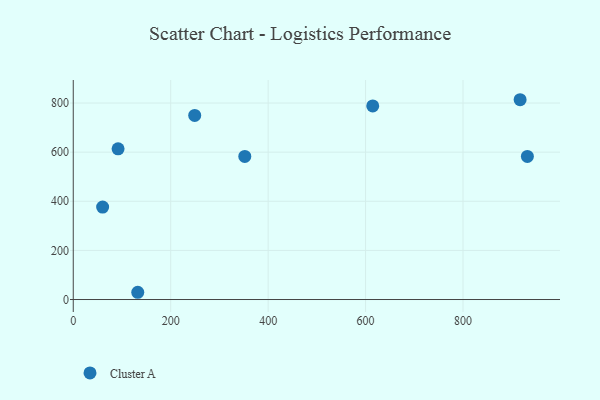
{"axis": {"x": "Price", "y": "Rating"}, "legend": ["Cluster A"], "data": [{"x": "614.7", "y": 788.4, "type": "Cluster A"}, {"x": "249.3", "y": 749.5, "type": "Cluster A"}, {"x": "132.4", "y": 29.5, "type": "Cluster A"}, {"x": "917.2", "y": 813.5, "type": "Cluster A"}, {"x": "352.1", "y": 582.6, "type": "Cluster A"}, {"x": "60.3", "y": 376.4, "type": "Cluster A"}, {"x": "92.0", "y": 613.7, "type": "Cluster A"}, {"x": "932.1", "y": 582.5, "type": "Cluster A"}]}